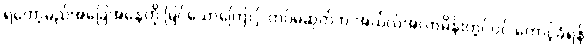
ရတော့မည်အခြေအနေကို မြင်သောကြောင့် တပ်မဆုတ်ဘဲ အယ်လ်အလာမိန်းတွင်ပင် တောင့်ခံရန်